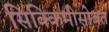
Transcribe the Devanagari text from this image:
सिक्किमीसोबत